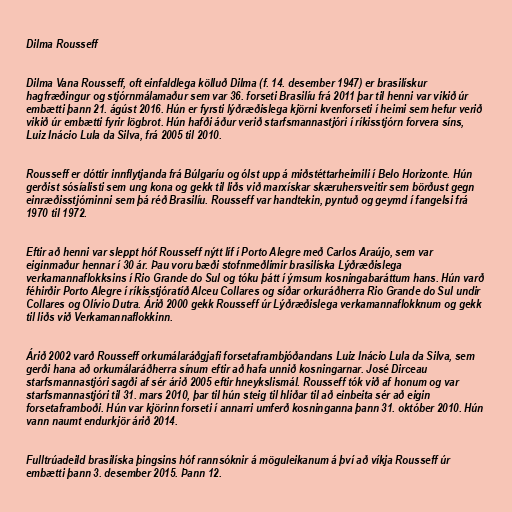
Dilma Rousseff

Dilma Vana Rousseff, oft einfaldlega kölluð Dilma (f. 14. desember 1947) er brasilískur
hagfræðingur og stjórnmálamaður sem var 36. forseti Brasilíu frá 2011 þar til henni var vikið úr
embætti þann 21. ágúst 2016. Hún er fyrsti lýðræðislega kjörni kvenforseti í heimi sem hefur verið
vikið úr embætti fyrir lögbrot. Hún hafði áður verið starfsmannastjóri í ríkisstjórn forvera síns,
Luiz Inácio Lula da Silva, frá 2005 til 2010.

Rousseff er dóttir innflytjanda frá Búlgaríu og ólst upp á miðstéttarheimili í Belo Horizonte. Hún
gerðist sósíalisti sem ung kona og gekk til liðs við marxískar skæruhersveitir sem börðust gegn
einræðisstjórninni sem þá réð Brasilíu. Rousseff var handtekin, pyntuð og geymd í fangelsi frá
1970 til 1972.

Eftir að henni var sleppt hóf Rousseff nýtt líf í Porto Alegre með Carlos Araújo, sem var
eiginmaður hennar í 30 ár. Þau voru bæði stofnmeðlimir brasilíska Lýðræðislega
verkamannaflokksins í Rio Grande do Sul og tóku þátt í ýmsum kosningabaráttum hans. Hún varð
féhirðir Porto Alegre í ríkisstjóratíð Alceu Collares og síðar orkuráðherra Rio Grande do Sul undir
Collares og Olívio Dutra. Árið 2000 gekk Rousseff úr Lýðræðislega verkamannaflokknum og gekk
til liðs við Verkamannaflokkinn.

Árið 2002 varð Rousseff orkumálaráðgjafi forsetaframbjóðandans Luiz Inácio Lula da Silva, sem
gerði hana að orkumálaráðherra sínum eftir að hafa unnið kosningarnar. José Dirceau
starfsmannastjóri sagði af sér árið 2005 eftir hneykslismál. Rousseff tók við af honum og var
starfsmannastjóri til 31. mars 2010, þar til hún steig til hliðar til að einbeita sér að eigin
forsetaframboði. Hún var kjörinn forseti í annarri umferð kosninganna þann 31. október 2010. Hún
vann naumt endurkjör árið 2014.

Fulltrúadeild brasilíska þingsins hóf rannsóknir á möguleikanum á því að víkja Rousseff úr
embætti þann 3. desember 2015. Þann 12.